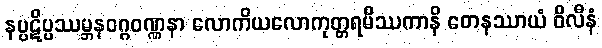
နပ္ပဋိပ္ပဿမ္ဘနဝဂ္ဂဝဏ္ဏနာ လောကိယလောကုတ္တရမိဿကာနိ တေနဿာယံ ဝိလီနံ